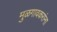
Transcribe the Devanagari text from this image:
मुळगावकरांना